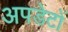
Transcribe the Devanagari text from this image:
अपडेटों